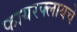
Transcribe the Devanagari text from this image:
फायरफ्लायचे